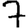
Digit: 7